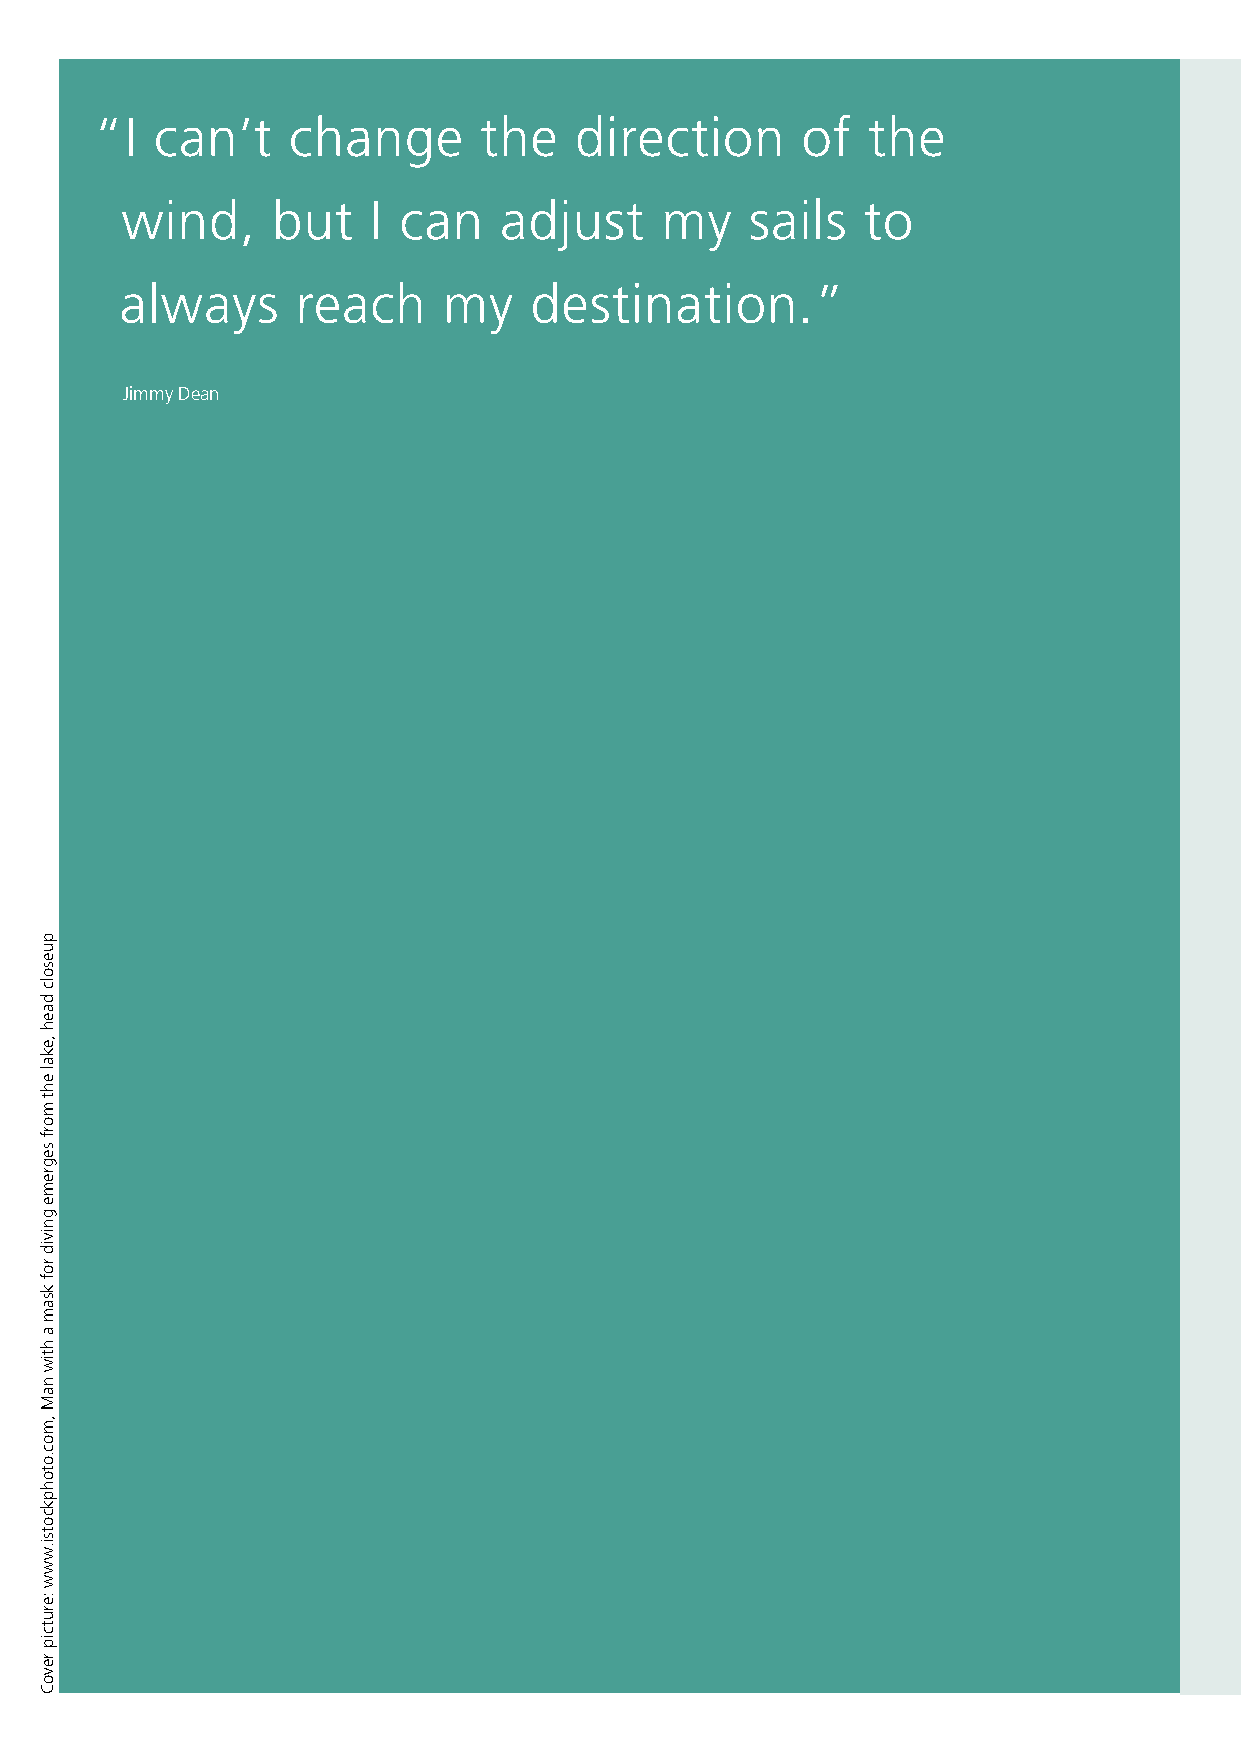
“I  can’t    change       the   direction      of  the
 wind,     but   I can    adjust     my    sails  to
 always      reach    my    destination.”
 Jimmy Dean
 puesolc
 daeh
 ,ekal
 eht
 morf
 segreme
 gnivid
 rof
 ksam
 a
 htiw
 naM
 ,moc.otohpkcotsi.www
 :erutcip
 revoC